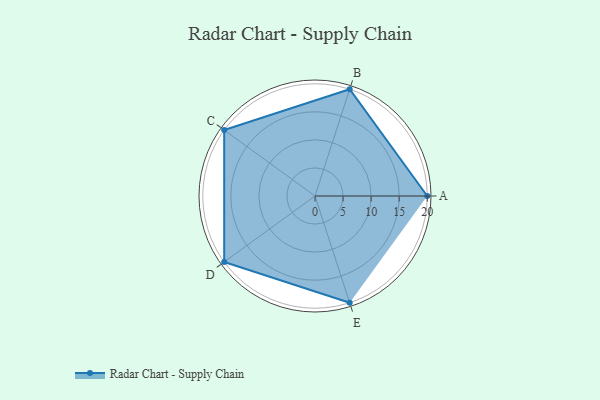
{"axis": {"x": "Skill", "y": "Score"}, "legend": ["Profile"], "data": [{"x": "A", "y": 20, "type": "Profile"}, {"x": "B", "y": 20, "type": "Profile"}, {"x": "C", "y": 20, "type": "Profile"}, {"x": "D", "y": 20, "type": "Profile"}, {"x": "E", "y": 20, "type": "Profile"}]}